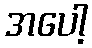
အပေါ့